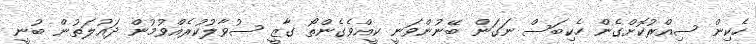
ހެކިން ސިއްރުކޮށްގެން ހެކިބަސް ނަގަން ބޭނުންވަނީ ކީއްވެގެންތޯ ގާޒީ ސުވާލުކުރެއްވުމުން ދައުލަތުން ބުނީ